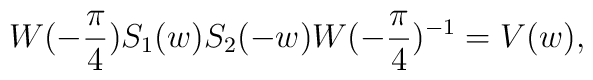
W(-\frac{\pi}{4})S_{1}(w)S_{2}(-w) W(-\frac{\pi}{4})^{-1} = V(w),